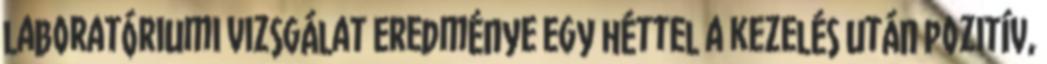
laboratóriumi vizsgálat eredménye egy héttel a kezelés után pozitív,